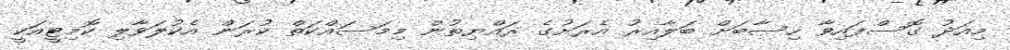
މިއަދު ގޮސްފައިވާ ހިސާބަށް ބަލާއިރު އެރަށުގެ ރައްޔިތުން މިމަސައްކަތް ކުރަން އެކުލަވާލި ކޮމިޓީއަކީ